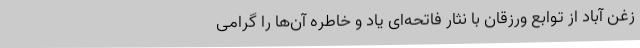
زغن آباد از توابع ورزقان با نثار فاتحه‌ای یاد و خاطره آن‌ها را گرامی